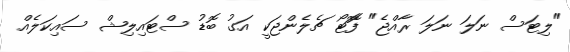
"ލިޓަސް ނަލަ ނަލަ ރާއްޖެ" ފޮޮޓޯ ޗެލެންޖަކީ އަގު ބޮޑު ސްޓައިލިޝް ސައިކަލެއް